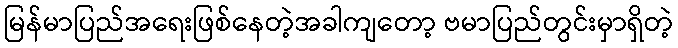
မြန်မာပြည်အရေးဖြစ်နေတဲ့အခါကျတော့ ဗမာပြည်တွင်းမှာရှိတဲ့